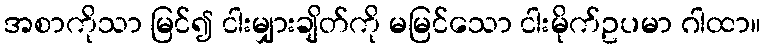
အစာကိုသာ မြင်၍ ငါးမျှားချိတ်ကို မမြင်သော ငါးမိုက်ဥပမာ ဂါထာ။